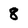
Character: 8